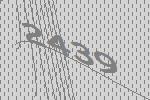
2439